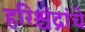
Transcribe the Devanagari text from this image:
हरिश्चंद्रांचे